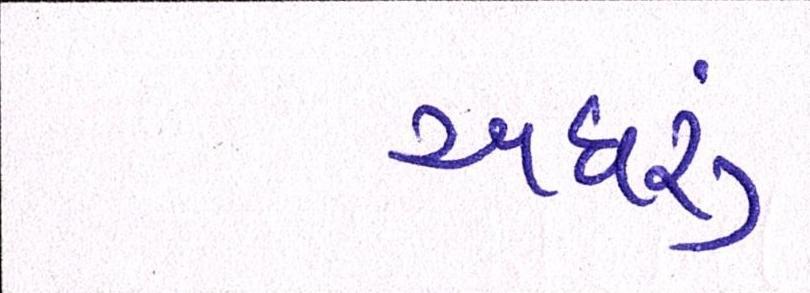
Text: અઘરું